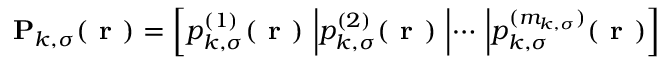
\mathbf { P } _ { k , \sigma } ( \boldsymbol { \textbf { r } } ) = \left[ p _ { k , \sigma } ^ { ( 1 ) } ( \boldsymbol { \textbf { r } } ) ~ \middle | p _ { k , \sigma } ^ { ( 2 ) } ( \boldsymbol { \textbf { r } } ) ~ \middle | \cdots ~ \middle | p _ { k , \sigma } ^ { ( m _ { k , \sigma } ) } ( \boldsymbol { \textbf { r } } ) \right]